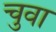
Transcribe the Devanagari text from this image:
चुवा